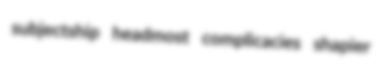
subjectship headmost complicacies shapier